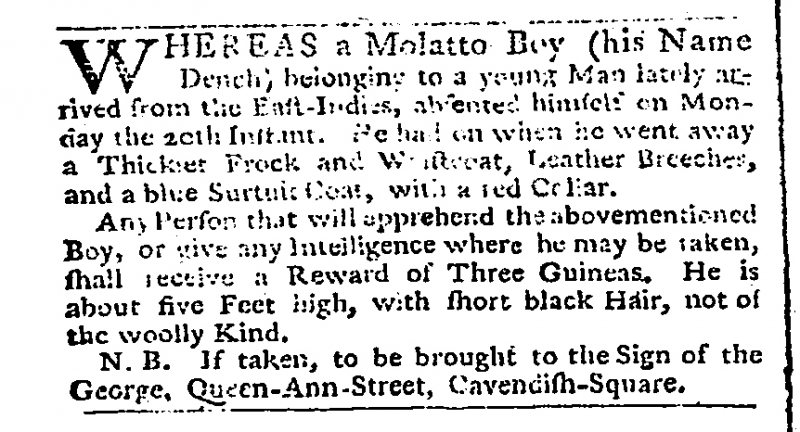
Public Advertiser, 27 August 1770 (England)
WHEREAS a Molatto Boy (his Name Dench) belonging to a young Man lately arrived from the East-Indies, absented himself on Monday the 20th Instant. He had on when he went away a Thickset Frock and Waistcoat, Leather Breeches, and a blue Surtuit Coat, with a red Collar.  Any Person that will apprehend the abovementioned Boy, or give Intelligence where he may be taken, shall receive a Reward of Three Guineas. He is about five Feet high, with short black Hair, not of the woolly kind.   N.B. If taken, to be brought to the Sign of the George, Queen-Ann-Street, Cavendish-Square.